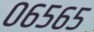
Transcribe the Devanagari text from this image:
०६५६५